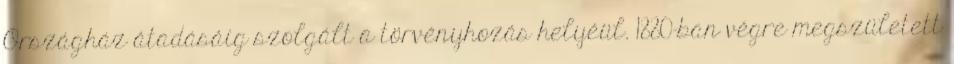
Országház átadásáig szolgált a törvényhozás helyéül. 1880-ban végre megszületett